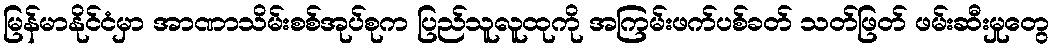
မြန်မာနိုင်ငံမှာ အာဏာသိမ်းစစ်အုပ်စုက ပြည်သူလူထုကို အကြမ်းဖက်ပစ်ခတ် သတ်ဖြတ် ဖမ်းဆီးမှုတွေ